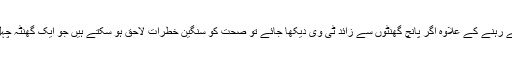
اس رپورٹ کے مطابق کئی گھنٹے بیٹھے رہنے کے علاوہ اگر پانچ گھنٹوں سے زائد ٹی وی دیکھا جائے تو صحت کو سنگین خطرات لاحق ہو سکتے ہیں جو ایک گھنٹہ چہل قدمی سے بھی کم نہیں کیے جا سکتے۔